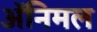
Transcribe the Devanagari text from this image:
ॲनिमल